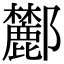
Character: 𨟤